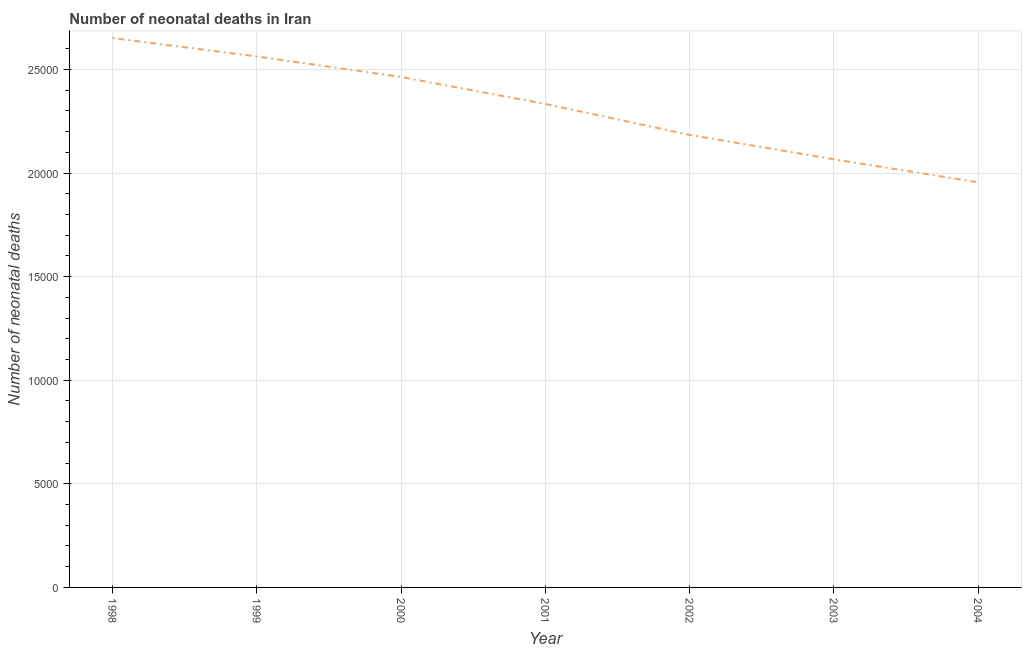
| Year | Neonatal deaths |
 | --- | --- |
 | 1998 | 2.65e+04 |
 | 1999 | 2.56e+04 |
 | 2000 | 2.46e+04 |
 | 2001 | 2.33e+04 |
 | 2002 | 2.18e+04 |
 | 2003 | 2.07e+04 |
 | 2004 | 1.96e+04 |